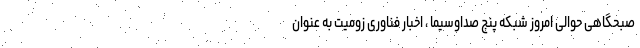
صبحگاهی حوالی امروز شبکه پنج صداوسیما ، اخبار فناوری زومیت به عنوان